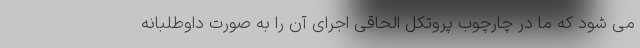
می شود که ما در چارچوب پروتکل الحاقی اجرای آن را به صورت داوطلبانه